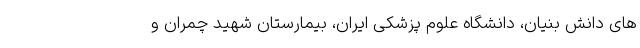
های دانش بنیان، دانشگاه علوم پزشکی ایران، بیمارستان شهید چمران و